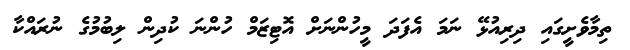
ތިމާވެށީގައި ދިރިއުޅޭ ނަމަ އެފަދަ މީހުންނަށް އޮޓިޒަމް ހުންނަ ކުދިން ލިބުމުގެ ނުރައްކާ